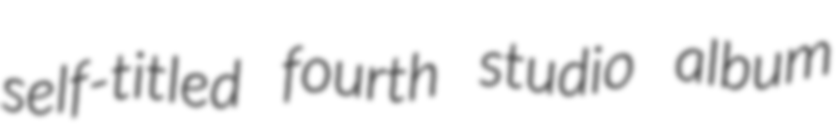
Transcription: self-titled fourth studio album